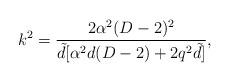
LaTeX: \begin{align*}k^{2}=\frac{2\alpha^{2} (D-2)^{2}}{\tilde{d}[\alpha ^{2}d(D-2)+2q^{2}\tilde{d}]}, \end{align*}